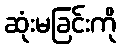
ဆုံးမခြင်းကို